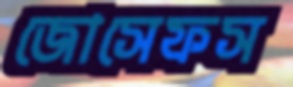
জোসেফস